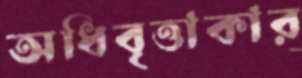
অধিবৃত্তাকার